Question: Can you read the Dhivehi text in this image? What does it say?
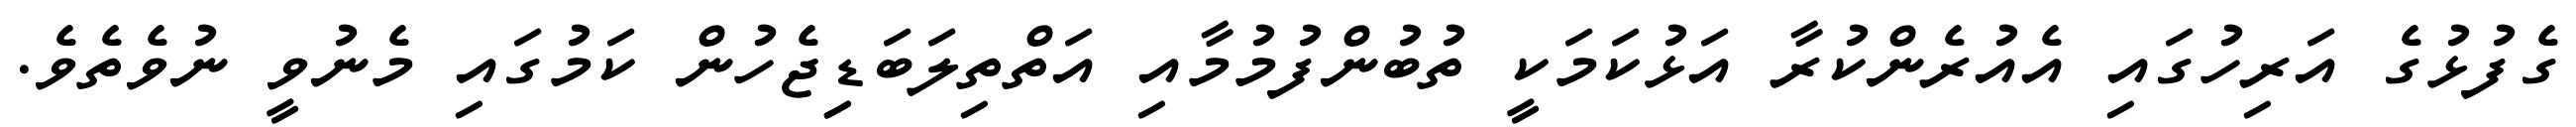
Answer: ގެފުޅުގެ އަރިހުގައި އެއުރެންކުރާ އަޅުކަމަކީ ތުބުންފުމުމާއި އަތްތިލަބަޑިިޖެހުން ކަމުގައި މެނުވީ ނުވެތެވެ.